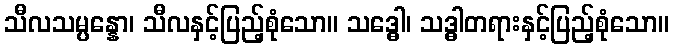
သီလသမ္ပန္နော၊ သီလနှင့်ပြည့်စုံသော။ သဒ္ဓေါ၊ သဒ္ဓါတရားနှင့်ပြည့်စုံသော။